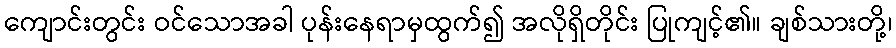
ကျောင်းတွင်း ဝင်သောအခါ ပုန်းနေရာမှထွက်၍ အလိုရှိတိုင်း ပြုကျင့်၏။ ချစ်သားတို့၊